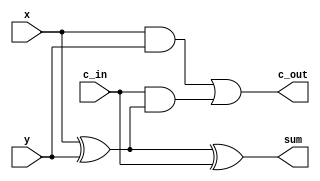
module full_adder
(
	x,
	y,
	c_in,
	sum,
	c_out
);

	input x;
	input y;
	input c_in;
	output sum;
	output c_out;

	assign sum = x ^ y ^ c_in;
	assign c_out = (x & y) | (c_in & (x ^ y));

endmodule